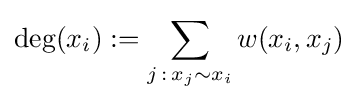
\deg(x_{i}):=\sum _{j\,:\,x_{j}\sim x_{i}}w(x_{i},x_{j})